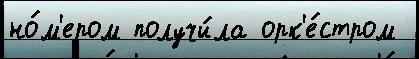
но́м'ером получи́ла орк'е́стром